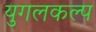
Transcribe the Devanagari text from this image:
युगलकल्प